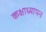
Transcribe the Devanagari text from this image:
कक्षाध्यापन